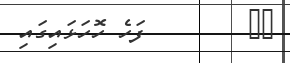
١١        ފަހެ ހޮހަޅައިގައި